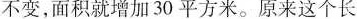
不变，面积就增加30平方米。原来这个长